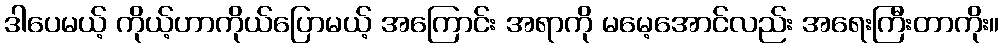
ဒါပေမယ့် ကိုယ့်ဟာကိုယ်ပြောမယ့် အကြောင်း အရာကို မမေ့အောင်လည်း အရေးကြီးတာကိုး။